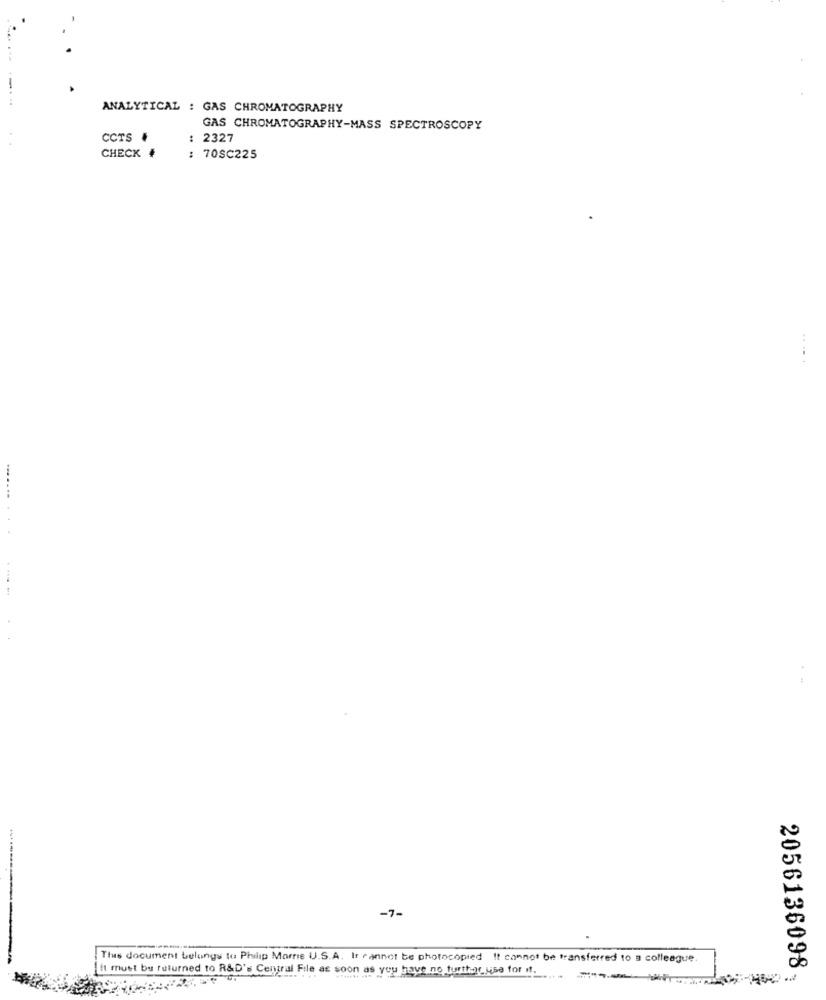
ANALYTICAL : GAS CHROMATOGRAPHY
GAS CHROMATOGRAPHY-MASS SPECTROSCOPY
CCTS #
: 2327
CHECK #
: 70SC225
.. .
...... ...
-7-
This document belongs to Philip Morris U.S.A. It cannot be photocopied It cannot be transferred to a colleague.
It must be returned to R&D's Central File as soon as you have no furttar usa for it.
2056136098